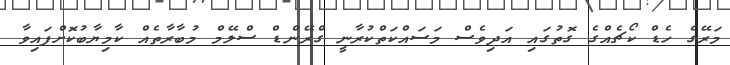
މަރޭގެ ހެޑް ކޯޗެއްގެ ގޮތުގައި އަދިވެސް މަސައްކަތްކުރާނީ ގްރޭންޑް ސްލޭމް މުބާރާތެއް ކާމިޔާބުކޮށްފައިވާ